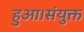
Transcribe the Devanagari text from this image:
हुआ।संयुक्त